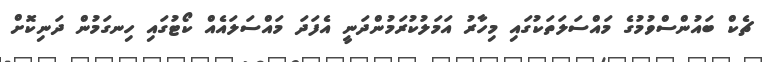
ޗެކް ބައުންސްވުމުގެ މައްސަލަތަކުގައި މިހާރު އަމަލުކުރަމުންދަނީ އެފަދަ މައްސަލައެއް ކޯޓުގައި ހިނގަމުން ދަނިކޮށް